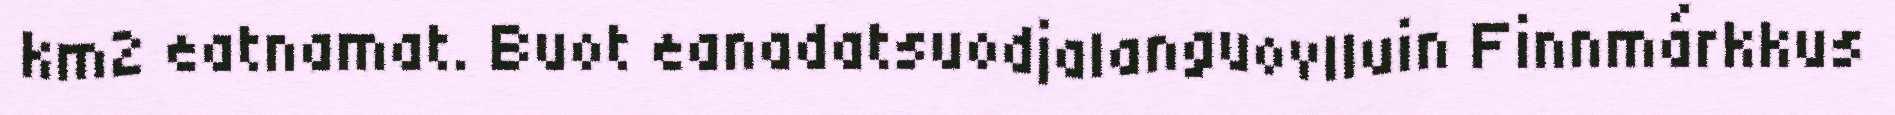
km2 eatnamat. Buot eanadatsuodjalanguovlluin Finnmárkkus